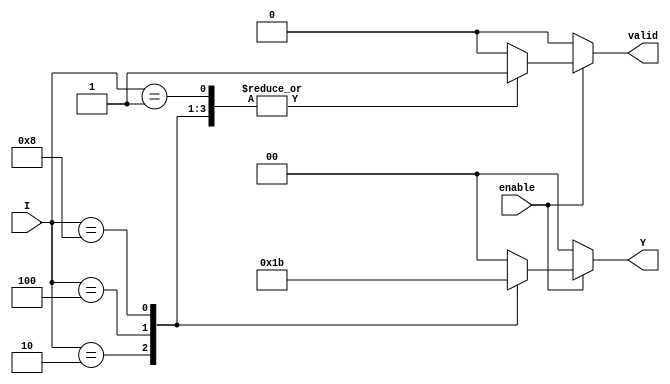
module binary_encoder (
    input wire [3:0] I,      // 4 input lines
    input wire enable,       // Enable signal
    output reg [1:0] Y,      // 2-bit output
    output reg valid         // Valid output signal
);

    always @(*) begin
        if (enable) begin
            case (I)
                4'b0001: begin
                    Y = 2'b00; // I0 active
                    valid = 1'b1;
                end
                4'b0010: begin
                    Y = 2'b01; // I1 active
                    valid = 1'b1;
                end
                4'b0100: begin
                    Y = 2'b10; // I2 active
                    valid = 1'b1;
                end
                4'b1000: begin
                    Y = 2'b11; // I3 active
                    valid = 1'b1;
                end
                default: begin
                    Y = 2'b00; // No active input
                    valid = 1'b0; // Invalid state
                end
            endcase
        end else begin
            Y = 2'b00; // Encoder disabled
            valid = 1'b0; // Invalid state
        end
    end

endmodule